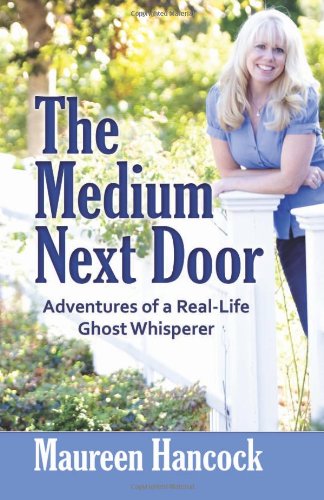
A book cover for The Medium Next Door: Adventures of a Real-Life Ghost Whisperer; Maureen Hancock; Religion & Spirituality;